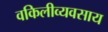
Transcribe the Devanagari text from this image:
वकिलीव्यवसाय